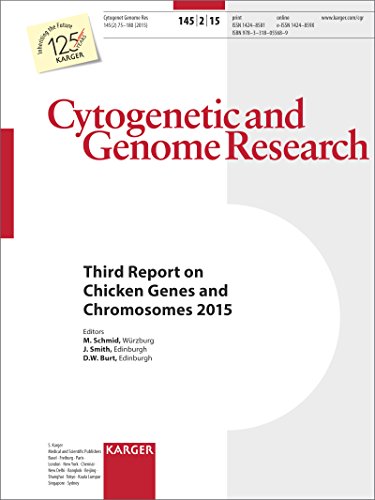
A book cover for Chicken Genes and Chromosomes 2015: Third Report 2015 (Cytogenetic and Genome Research); Medical Books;